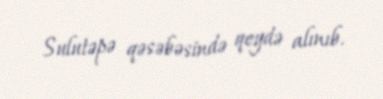
Sulutəpə qəsəbəsində qeydə alınıb.